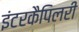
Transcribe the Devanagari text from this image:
इंटरकैपिलरी